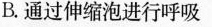
B.通过伸缩泡进行呼吸